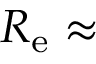
R _ { \mathrm { e } } \approx